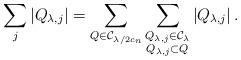
LaTeX: \begin{align*}\sum_{j}\left\vert Q_{\lambda,j}\right\vert =\sum_{Q\in\mathcal{C}_{\lambda/2c_{n}}}\sum_{\substack{Q_{\lambda,j}\in\mathcal{C}_{\lambda}\\Q_{\lambda,j}\subset Q}}\left\vert Q_{\lambda,j}\right\vert .\end{align*}